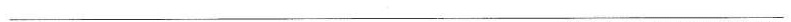
___